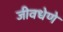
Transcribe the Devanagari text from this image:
जीवधेणे